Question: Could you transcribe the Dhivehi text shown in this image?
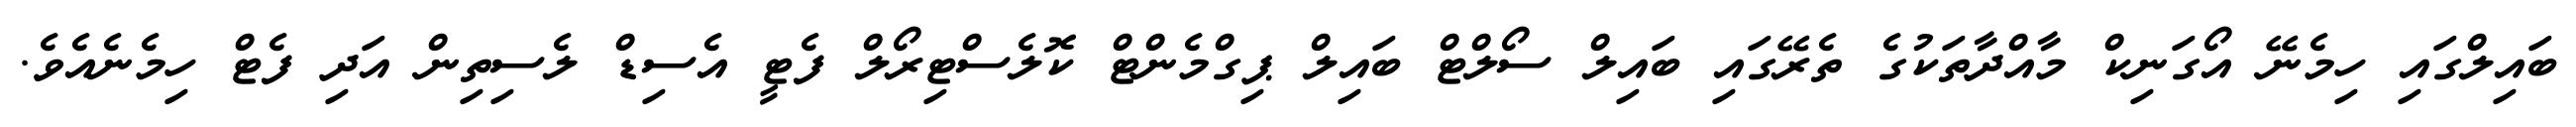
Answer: ބައިލްގައި ހިމެނޭ އޯގަނިކް މާއްދާތަކުގެ ތެރޭގައި ބައިލް ސޯލްޓް ބައިލް ޕިގްމެންޓް ކޮލެސްޓިރޯލް ފެޓީ އެސިޑް ލެސިތިން އަދި ފެޓް ހިމެނެއެވެ.